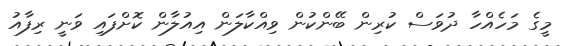
މީގެ މަހެއްހާ ދުވަސް ކުރިން ބޭންކުން ވިއްކާލަން އިއުލާން ކޮށްފައި ވަނީ ރިފާއު